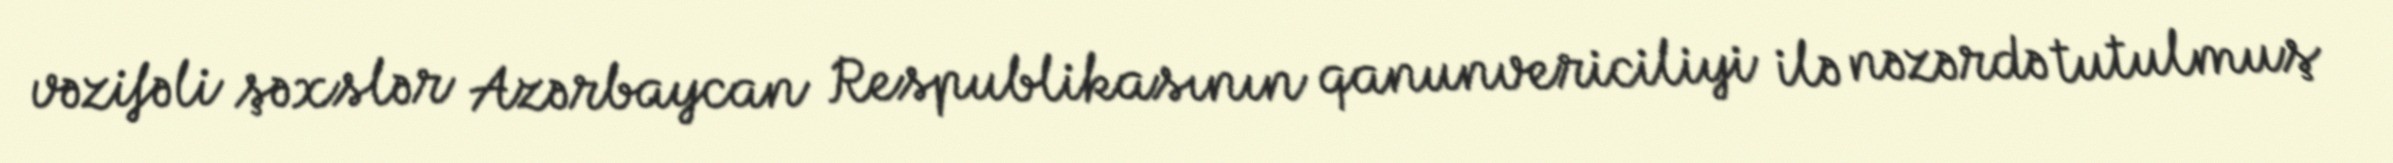
vəzifəli şəxslər Azərbaycan Respublikasının qanunvericiliyi ilə nəzərdə tutulmuş